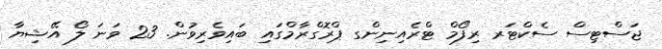
ޖަސްޓިސް ސެކްޓަރ ރިފޯމް ޓްރެއިނިންގ ޕްރޮގްރާމްގައި ބައިވެރިވުން. 23 ވަނަ ލޯ އޭޝިޔާ